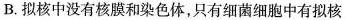
B.拟核中没有核膜和染色体，只有细菌细胞中有拟核